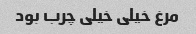
مرغ خیلی خیلی چرب بود